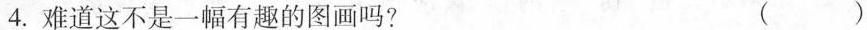
4.难道这不是一幅有趣的图画吗?（）